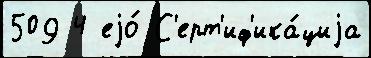
509 4 еjо́ С'ерт'иф'ика́циjа